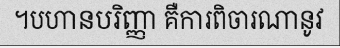
។បហានបរិញ្ញា គឺការពិចារណានូវ